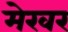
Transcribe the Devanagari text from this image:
मेरवर